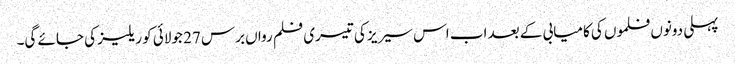
پہلی دونوں فلموں کی کامیابی کے بعد اب اس سیریز کی تیسری فلم رواں برس 27 جولائی کو ریلیز کی جائے گی۔